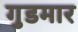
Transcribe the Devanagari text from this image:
गुडमार